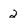
Character: 2